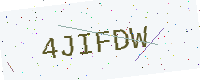
Text: 4JIFDW